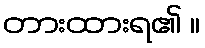
တားထားရ၏ ။